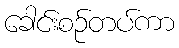
ခေါင်းစဉ်တပ်ကာ